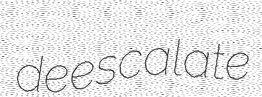
deescalate